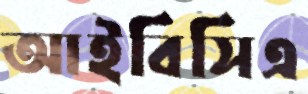
আইবিসিএ